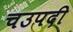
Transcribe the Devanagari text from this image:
चउपदी